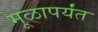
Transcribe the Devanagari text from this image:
मूळापर्यंत